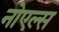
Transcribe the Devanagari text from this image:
नोएल्स